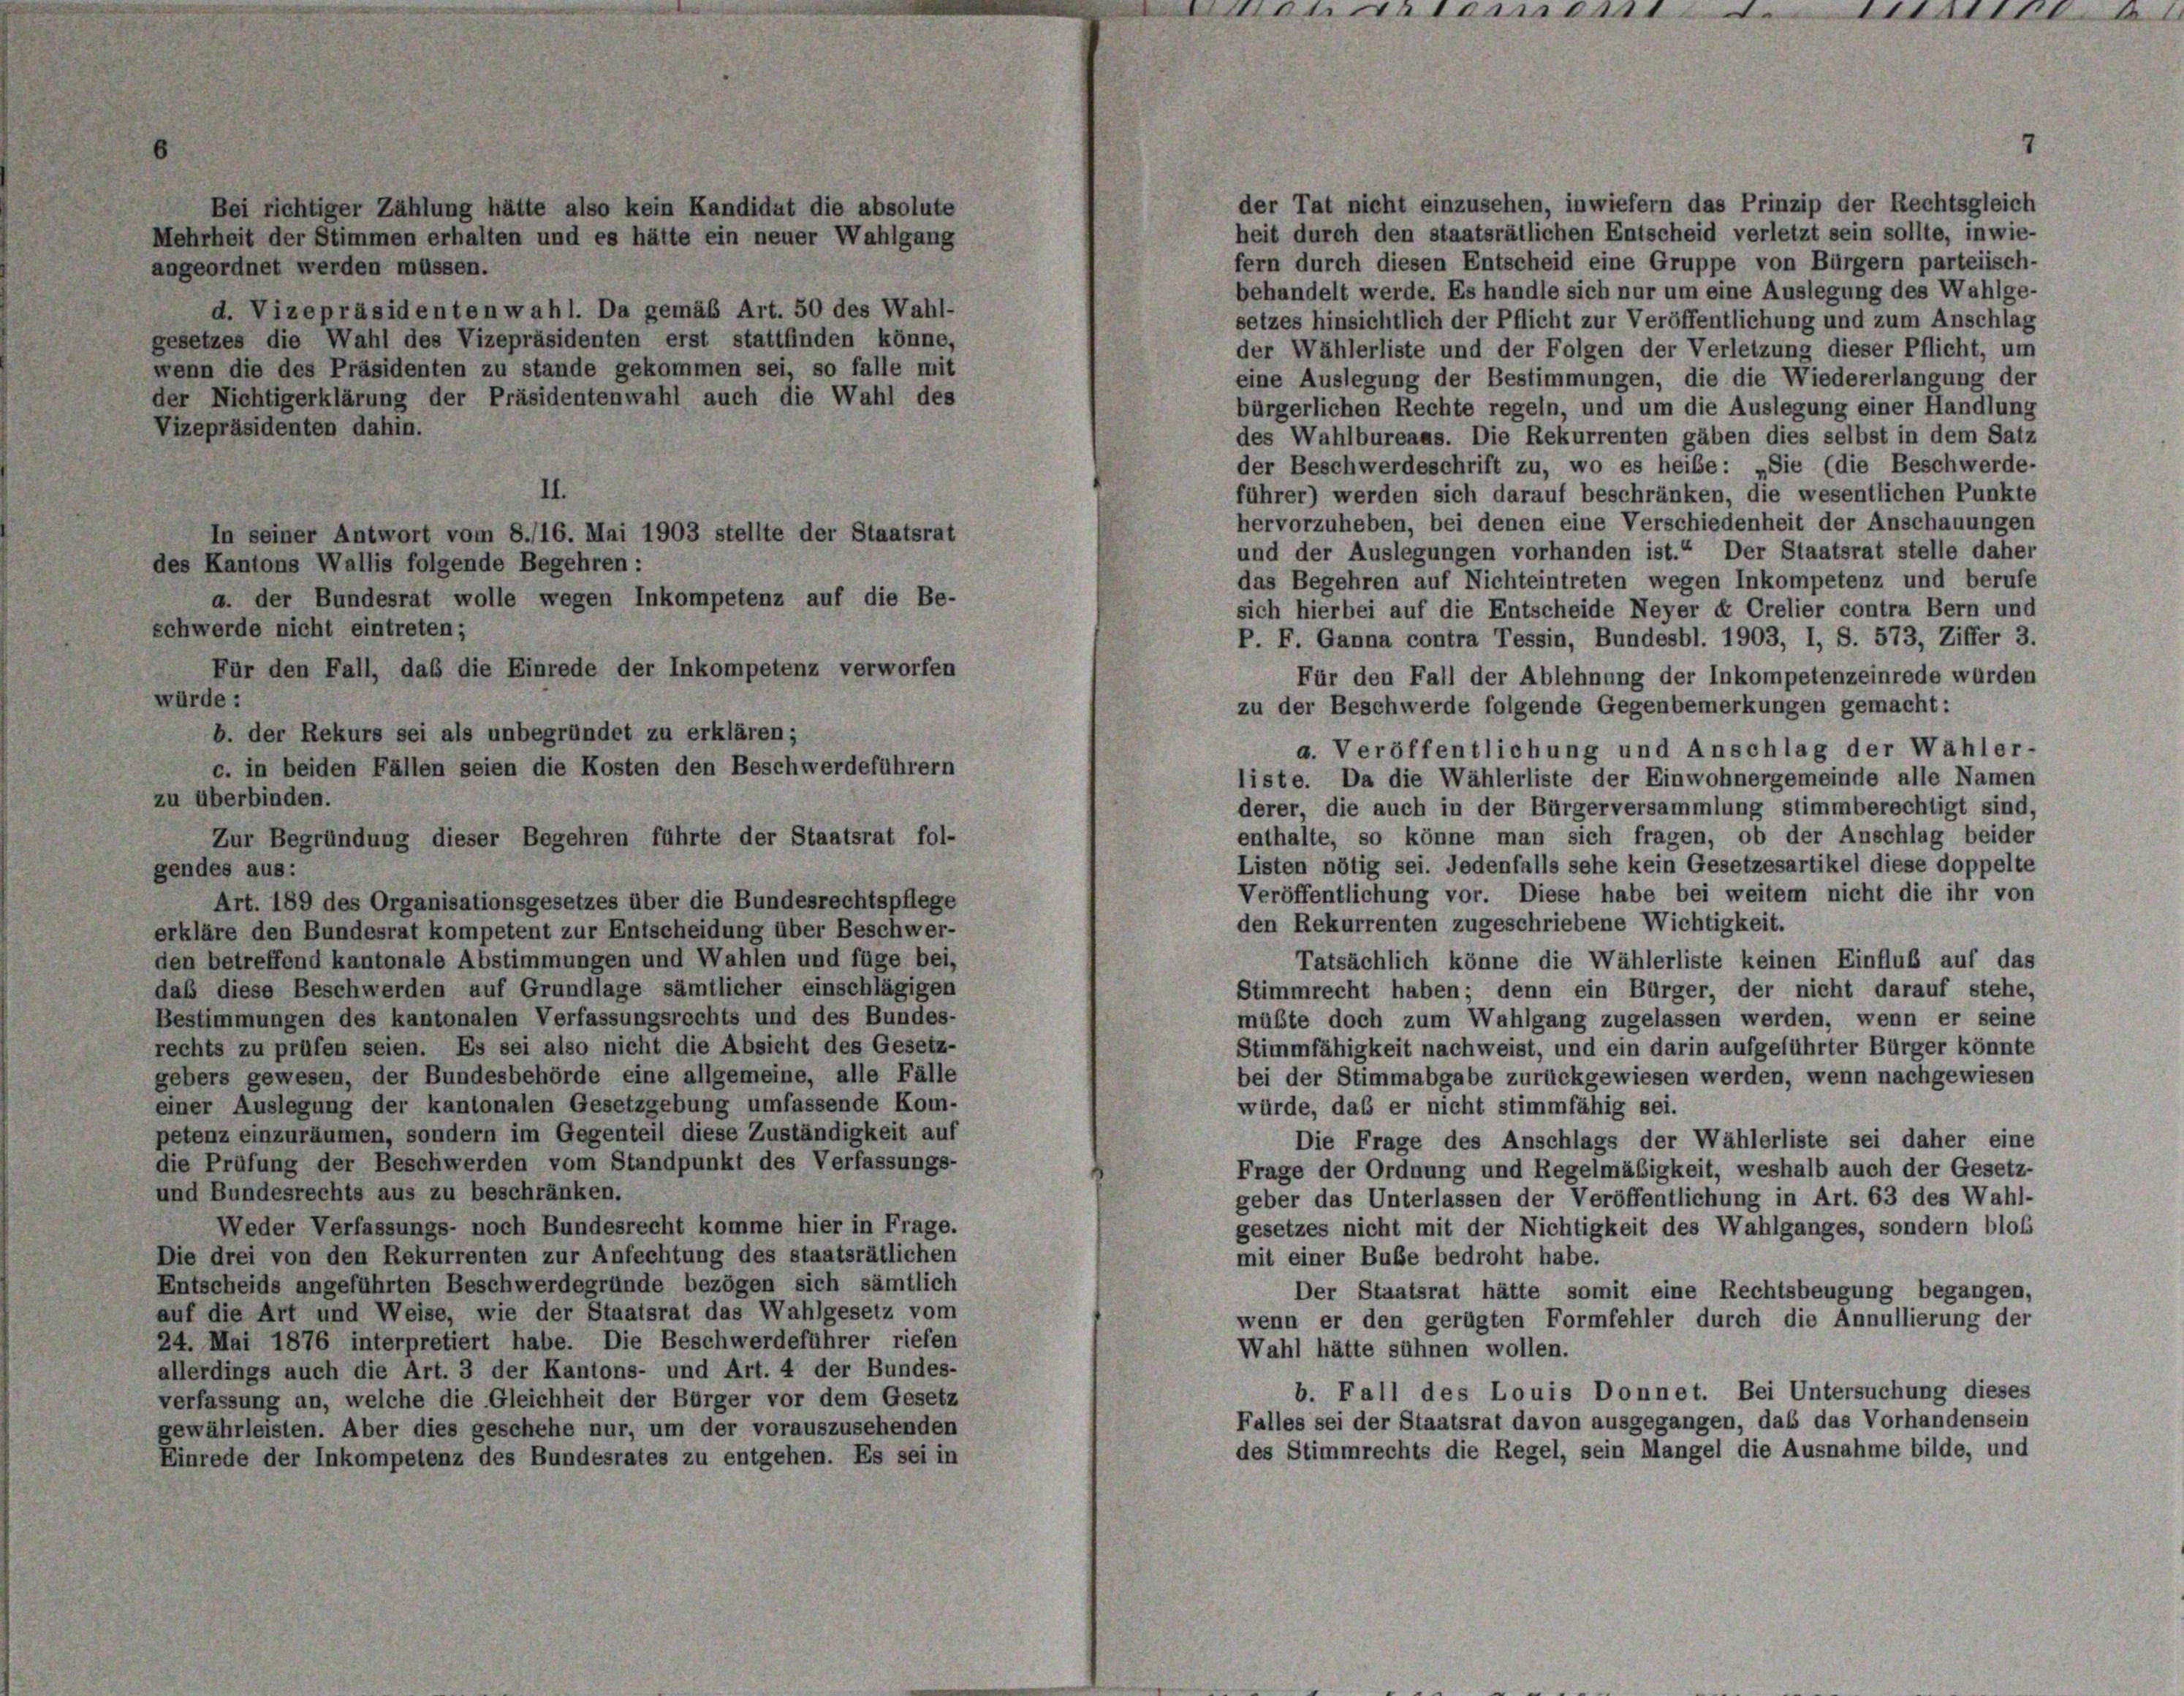
angeordnet werden müssen.
d. Vizepräsidenten wahl. Da gemäß Art. 50 des Wahl-
gesetzes die Wahl des Vizepräsidenten erst stattfinden könne,
wenn die des Präsidenten zu stande gekommen sei, so falle mit
der Nichtigerklärung der Präsidentenwahl auch die Wahl des
Vizepräsidenten dahin.
des Wahlbureaus. Die Rekurrenten gäben dies selbst in dem Satz
der Beschwerdeschrift zu, wo es heibe : „Sie (die Beschwerde-
II.
führer) werden sich darauf beschränken, die wesentlichen Punkte
hervorzuheben, bei denen eine Verschiedenheit der Anschauungen
In seiner Antwort vom 8./16. Mai 1903 stellte der Staatsrat
und der Auslegungen vorhanden ist.“ Der Staatsrat stelle daher
des Kantons Wallis folgende Begehren:
das Begehren auf Nichteintreten wegen Inkompetenz und berufe
a. der Bundesrat wolle wegen Inkompetenz auf die Be-
sich hierbei auf die Entscheide Neyer ex Crelier contra Bern und
schwerde nicht eintreten;
P. F. Ganna contra Tessin, Bundesbl. 1903, I, S. 573, Ziffer 3.
Für den Fall, daß die Einrede der Inkompetenz verworfen
Für den Fall der Ablehnung der Inkompetenzeinrede wurden
würde :
zu der Beschwerde folgende Gegenbemerkungen gemacht:
b. der Rekurs sei als unbegründet zu erklären;
a. Veröffentlichung und Anschlag der Wähler-
c. in beiden Fällen seien die Kosten den Beschwerdeführern
liste. Da die Wählerliste der Einwohnergemeinde alle Namen
zu überbinden.
derer, die auch in der Bürgerversammlung stimmberechtigt sind,
enthalte, so könne man sich fragen, ob der Anschlag beider
Zur Begründung dieser Begehren führte der Staatsrat fol-
Listen nötig sei. Jedenfalls sehe kein Gesetzesartikel diese doppelte
gendes aus:
Veröffentlichung vor. Diese habe bei weitem nicht die ihr von
Art. 189 des Organisationsgesetzes über die Bundesrechtspflege
den Rekurrenten zugeschriebene Wichtigkeit.
erkläre den Bundesrat kompetent zur Entscheidung über Beschwer-
den betreffend kantonale Abstimmungen und Wahlen und füge bei,
Tatsächlich könne die Wählerliste keinen Einfluß auf das
daß diese Beschwerden auf Grundlage sämtlicher einschlägigen
Stimmrecht haben; denn ein Bürger, der nicht darauf stehe,
Bestimmungen des kantonalen Verfassungsrechts und des Bundes-
müßte doch zum Wahlgang zugelassen werden, wenn er seine
rechts zu prüfen seien. Es sei also nicht die Absicht des Gesetz-
Stimmfähigkeit nachweist, und ein darin aufgeführter Bürger könnte
gebers gewesen, der Bundesbehörde eine allgemeine, alle Fälle
bei der Stimmabgabe zurückgewiesen werden, wenn nachgewiesen
einer Auslegung der kantonalen Gesetzgebung umfassende Kom-
würde, daß er nicht stimmfähig sei.
petenz einzuräumen, sondern im Gegenteil diese Zuständigkeit auf
Die Frage des Anschlags der Wählerliste sei daher eine
die Prüfung der Beschwerden vom Standpunkt des Verfassungs-
Frage der Ordnung und Regelmäßigkeit, weshalb auch der Gesetz-
und Bundesrechts aus zu beschränken.
geber das Unterlassen der Veröffentlichung in Art. 63 des Wahl-
Weder Verfassungs- noch Bundesrecht komme hier in Frage.
gesetzes nicht mit der Nichtigkeit des Wahlganges, sondern bloß
Die drei von den Rekurrenten zur Anfechtung des staatsrätlichen
mit einer Buße bedroht habe.
Entscheids angeführten Beschwerdegründe bezögen sich sämtlich
Der Staatsrat hätte somit eine Rechtsbeugung begangen,
auf die Art und Weise, wie der Staatsrat das Wahlgesetz vom
wenn er den gerügten Formfehler durch die Annullierung der
24. Mai 1876 interpretiert habe. Die Beschwerdeführer riefen
Wahl hätte sühnen wollen.
allerdings auch die Art. 3 der Kantons- und Art. 4 der Bundes-
b. Fall des Louis Donnet. Bei Untersuchung dieses
verfassung an, welche die Gleichheit der Bürger vor dem Gesetz
Falles sei der Staatsrat davon ausgegangen, daß das Vorhandensein
gewährleisten. Aber dies geschehe nur, um der vorauszusehenden
des Stimmrechts die Regel, sein Mangel die Ausnahme bilde, und
Einrede der Inkompetenz des Bundesrates zu entgehen. Es sei in

Bei richtiger Zählung hätte also kein Kandidat die absolute
Mehrheit der Stimmen erhalten und es hätte ein neuer Wahlgang

enen 10.

der Tat nicht einzusehen, inwiefern das Prinzip der Rechtsgleich
heit durch den staatsrätlichen Entscheid verletzt sein sollte, inwie-
fern durch diesen Entscheid eine Gruppe von Bürgern parteiisch-
behandelt werde. Es handle sich nur um eine Auslegung des Wahlge-
setzes hinsichtlich der Pflicht zur Veröffentlichung und zum Anschlag
der Wählerliste und der Folgen der Verletzung dieser Pflicht, um
eine Auslegung der Bestimmungen, die die Wiedererlangung der
bürgerlichen Rechte regeln, und um die Auslegung einer Handlung

Lusici e